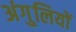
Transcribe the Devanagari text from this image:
अंगु्लियों